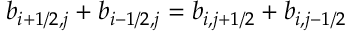
b _ { i + 1 / 2 , j } + b _ { i - 1 / 2 , j } = b _ { i , j + 1 / 2 } + b _ { i , j - 1 / 2 }